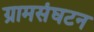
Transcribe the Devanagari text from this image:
ग्रामसंघटन